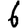
Digit: 6